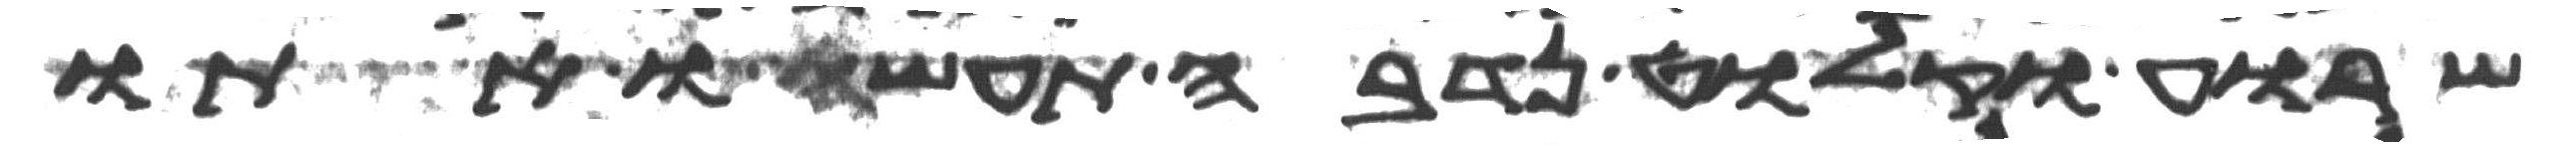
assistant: שרוע וקלוט נדבה תעשו אתו